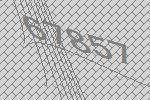
67857